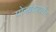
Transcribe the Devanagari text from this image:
पोरबंदरपर्यंत